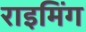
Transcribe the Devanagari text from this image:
राइमिंग